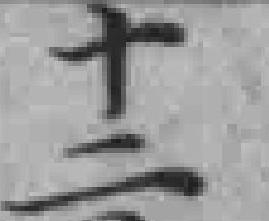
十二